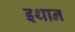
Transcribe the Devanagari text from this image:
इथान